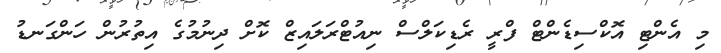
މި އެންޓި އޮކްސިޑެންޓް ފްރީ ރެޑިކަލްސް ނިއުޓްރަލައިޒް ކޮށް ދިނުމުގެ އިތުރުން ހަންގަނޑު